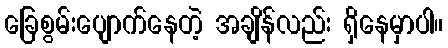
ခြေစွမ်းပျောက်နေတဲ့ အချိန်လည်း ရှိနေမှာပါ။